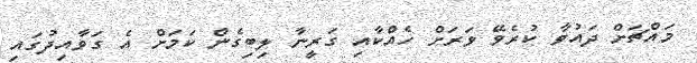
މައްޗަށް ދައުވާ ކުރެވޭ ވަރަށް ހެއްކާއި ގަރީނާ ލިބިގެން ކަމަށް އެ ގަވާއިދުގައި